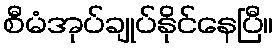
စီမံအုပ်ချုပ်နိုင်နေပြီ။